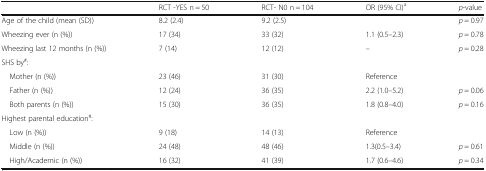
<table><thead><tr><td></td><td><b>RCT -YES n = 50</b></td><td><b>RCT- N0 n = 104</b></td><td><b>OR (95% CI)<sup>a</sup></b></td><td><b><i>p</i>-value</b></td></tr></thead><tbody><tr><td>Age of the child (mean (SD))</td><td>8.2 (2.4)</td><td>9.2 (2.5)</td><td></td><td><i>p</i> = 0.97</td></tr><tr><td>Wheezing ever (n (%))</td><td>17 (34)</td><td>33 (32)</td><td>1.1 (0.5–2.3)</td><td><i>p</i> = 0.78</td></tr><tr><td>Wheezing last 12 months (n (%))</td><td>7 (14)</td><td>12 (12)</td><td>–</td><td><i>p</i> = 0.28</td></tr><tr><td colspan="5">SHS by<sup>#</sup>:</td></tr><tr><td> Mother (n (%))</td><td>23 (46)</td><td>31 (30)</td><td>Reference</td><td></td></tr><tr><td> Father (n (%))</td><td>12 (24)</td><td>36 (35)</td><td>2.2 (1.0–5.2)</td><td><i>p</i> = 0.06</td></tr><tr><td> Both parents (n (%))</td><td>15 (30)</td><td>36 (35)</td><td>1.8 (0.8–4.0)</td><td><i>p</i> = 0.16</td></tr><tr><td colspan="5">Highest parental education<sup>#</sup>:</td></tr><tr><td> Low (n (%))</td><td>9 (18)</td><td>14 (13)</td><td>Reference</td><td></td></tr><tr><td> Middle (n (%))</td><td>24 (48)</td><td>48 (46)</td><td>1.3(0.5–3.4)</td><td><i>p</i> = 0.61</td></tr><tr><td> High/Academic (n (%))</td><td>16 (32)</td><td>41 (39)</td><td>1.7 (0.6–4.6)</td><td><i>p</i> = 0.34</td></tr></tbody></table>